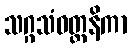
သဂ္ဂသံဝတ္တနိကာ